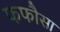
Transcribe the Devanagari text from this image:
फफौसा